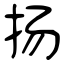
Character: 扬